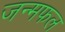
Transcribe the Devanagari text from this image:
जन्मफल